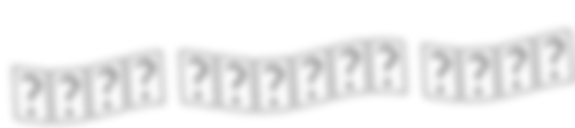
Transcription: ملعب الأمير محمد